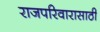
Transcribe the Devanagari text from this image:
राजपरिवारासाठी